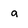
Character: a